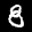
Label: 8